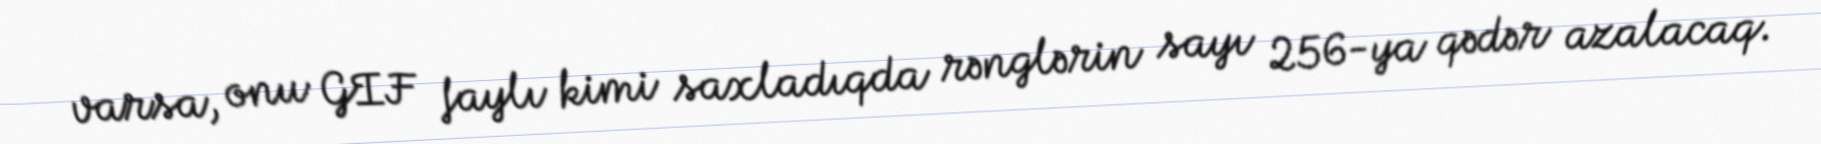
varsa, onu GIF faylı kimi saxladıqda rənglərin sayı 256-ya qədər azalacaq.